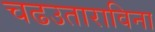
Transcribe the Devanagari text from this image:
चढउताराविना